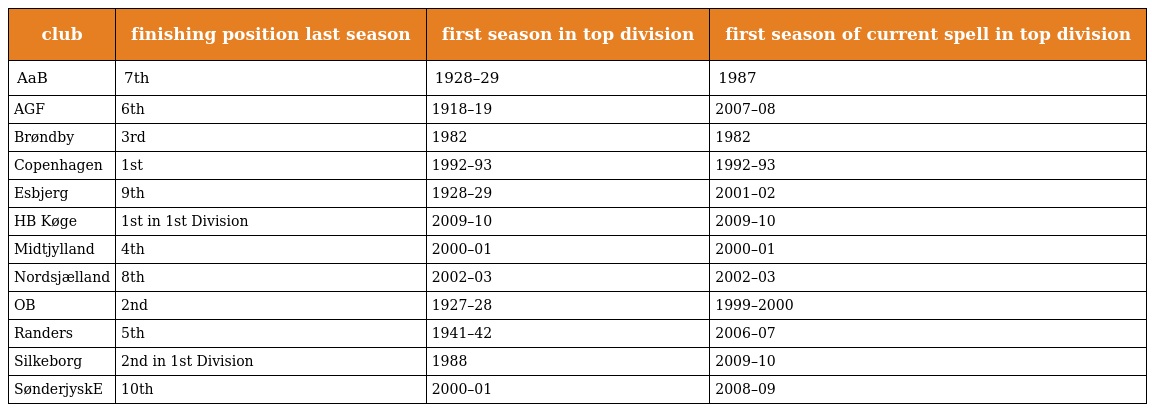
| club | finishing position last season | first season in top division | first season of current spell in top division |
 | --- | --- | --- | --- |
 | AaB | 7th | 1928–29 | 1987 |
 | AGF | 6th | 1918–19 | 2007–08 |
 | Brøndby | 3rd | 1982 | 1982 |
 | Copenhagen | 1st | 1992–93 | 1992–93 |
 | Esbjerg | 9th | 1928–29 | 2001–02 |
 | HB Køge | 1st in 1st Division | 2009–10 | 2009–10 |
 | Midtjylland | 4th | 2000–01 | 2000–01 |
 | Nordsjælland | 8th | 2002–03 | 2002–03 |
 | OB | 2nd | 1927–28 | 1999–2000 |
 | Randers | 5th | 1941–42 | 2006–07 |
 | Silkeborg | 2nd in 1st Division | 1988 | 2009–10 |
 | SønderjyskE | 10th | 2000–01 | 2008–09 |